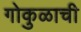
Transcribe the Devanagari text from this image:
गोकुळाची